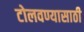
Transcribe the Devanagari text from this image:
टोलवण्यासाठी